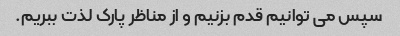
سپس می توانیم قدم بزنیم و از مناظر پارک لذت ببریم.